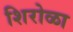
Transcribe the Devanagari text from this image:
शिरोळा